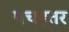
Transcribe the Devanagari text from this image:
पचहतर